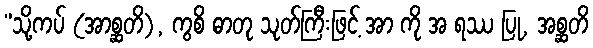
”သို့ကပ် (အာစ္ဆတိ), ကွစိ ဓာတု သုတ်ကြီးဖြင့် အာ ကို အ ရဿ ပြု, အစ္ဆတိ